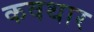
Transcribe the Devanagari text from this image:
कवथार